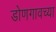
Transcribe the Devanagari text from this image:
डोणगावच्या